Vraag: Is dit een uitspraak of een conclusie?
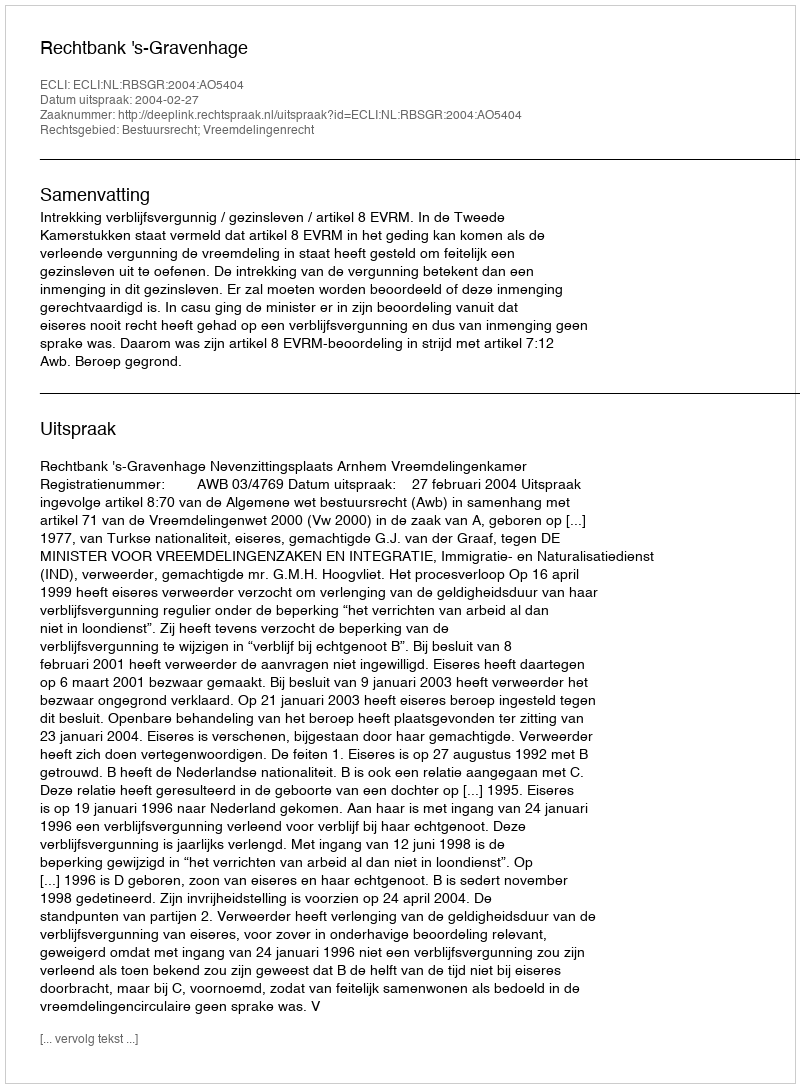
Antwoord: Uitspraak